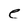
Character: e